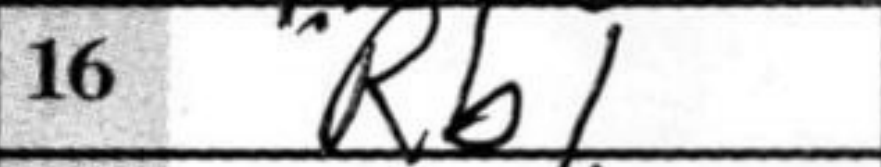
Transcription: Rb1